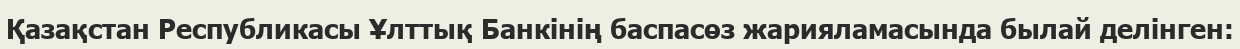
Қазақстан Республикасы Ұлттық Банкінің баспасөз жарияламасында былай делінген: